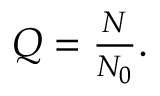
\begin{array} { r } { Q = \frac { N } { N _ { 0 } } . } \end{array}